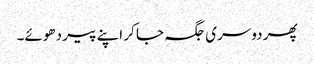
پھر دوسری جگہ جا کر اپنے پیر دھوئے۔